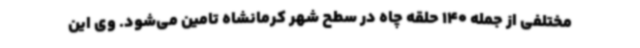
مختلفی از جمله 140 حلقه چاه در سطح شهر کرمانشاه تامین می‌شود. وی این